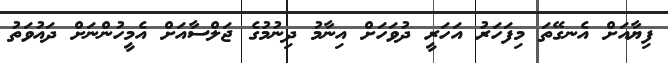
ފިޔާއަށް އެނގޭތަ މިފަހަރު އަހަރީ ދުވަހަށް އިނާމު ދިނުމުގެ ޖަލްސާއަށް އެމީހުންނަށް ދައުވަތު